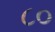
૮૦